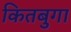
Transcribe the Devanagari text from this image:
कितबुगा